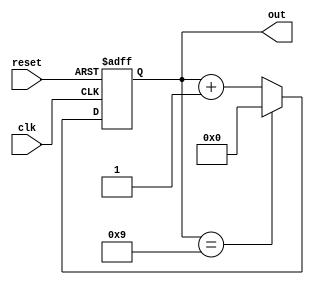
`timescale 1ns / 1ps
//////////////////////////////////////////////////////////////////////////////////
// Company: 
// Engineer: 
// 
// Design Name: 
// Module Name: CounterMod_N
// Project Name: 
// Target Devices: 
// Tool Versions: 
// Description: 
// 
// Dependencies: 
// 
// Revision:
// Revision 0.01 - File Created
// Additional Comments:
// 
//////////////////////////////////////////////////////////////////////////////////


module CounterMod_N
    #(
        parameter N = 10,
        parameter b = 4
    )
    (
        input reset,
        input clk,
        output reg [b-1:0] out
    );

    always @(posedge clk or posedge reset) begin
        if (reset) begin
            out <= 0;
        end else begin
            if (out == N-1) begin
                out <= 0;
            end else begin
                out <= out + 1;
            end
        end
    end

endmodule